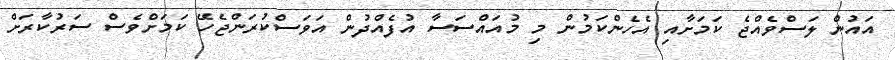
އައުން ލަސްވެއްޖެ ކަމަށާއި އެހެންކަމުން މި މުއައްސަސާ އުފެއްދުން އަވަސްކުރަންޖެހޭ ކަމަށްވެސް ސަރުކާރަށް